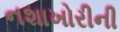
નશાખોરીની